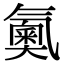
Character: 鿫